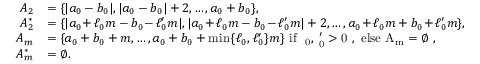
\begin{array} { r l } { A _ { 2 } } & { = \{ | a _ { 0 } - b _ { 0 } | , | a _ { 0 } - b _ { 0 } | + 2 , \dots , a _ { 0 } + b _ { 0 } \} , } \\ { A _ { 2 } ^ { * } } & { = \{ | a _ { 0 } \! + \! \ell _ { 0 } m - b _ { 0 } \! - \! \ell _ { 0 } ^ { \prime } m | , | a _ { 0 } \! + \! \ell _ { 0 } m - b _ { 0 } \! - \! \ell _ { 0 } ^ { \prime } m | + 2 , \dots , a _ { 0 } \! + \! \ell _ { 0 } m + b _ { 0 } \! + \! \ell _ { 0 } ^ { \prime } m \} , } \\ { A _ { m } } & { = \{ a _ { 0 } + b _ { 0 } + m , \dots , a _ { 0 } + b _ { 0 } + \operatorname* { m i n } \{ \ell _ { 0 } , \ell _ { 0 } ^ { \prime } \} m \} \mathrm { ~ i f ~ \ell _ 0 , \ell ' _ 0 > 0 ~ , ~ e l s e ~ A _ m = \emptyset ~ } , } \\ { A _ { m } ^ { * } } & { = \emptyset . } \end{array}